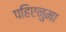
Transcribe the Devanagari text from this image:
पहिएनुमा